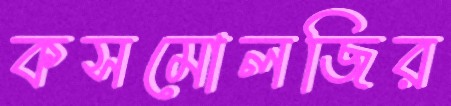
কসমোলজির